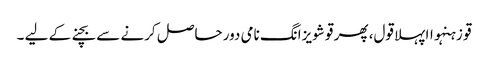
قو زہنہواا پہلا قول، پھر قو شویزانگ نامی دور حاصل کرنے سے بچنے کے لیے ۔